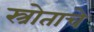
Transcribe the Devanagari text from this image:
स्त्रोताचे